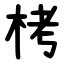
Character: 栲